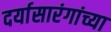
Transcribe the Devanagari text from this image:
दर्यासारंगांच्या